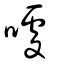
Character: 噱